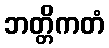
ဘတ္တိကတံ